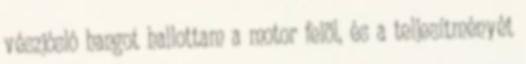
vészjósló hangot hallottam a motor felöl, és a teljesítményét